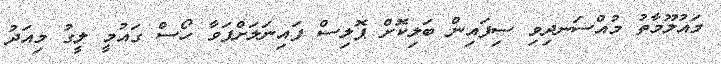
މައުލޫމާތު މުއްސަނދިވި ސިފައިން ބަލިކޮށް ޕޮލިސް ފައިނަލަށްޕަވާ ހޯސް ގައުމީ ލީގު މިއަދު